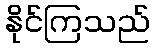
နိုင်ကြသည်